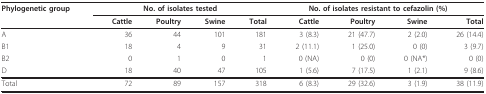
<table><thead><tr><td><b>Phylogenetic group</b></td><td colspan="4"><b>No. of isolates tested</b></td><td colspan="4"><b>No. of isolates resistant to cefazolin (%)</b></td></tr><tr><td></td><td><b>Cattle</b></td><td><b>Poultry</b></td><td><b>Swine</b></td><td><b>Total</b></td><td><b>Cattle</b></td><td><b>Poultry</b></td><td><b>Swine</b></td><td><b>Total</b></td></tr></thead><tbody><tr><td>A</td><td>36</td><td>44</td><td>101</td><td>181</td><td>3 (8.3)</td><td>21 (47.7)</td><td>2 (2.0)</td><td>26 (14.4)</td></tr><tr><td>B1</td><td>18</td><td>4</td><td>9</td><td>31</td><td>2 (11.1)</td><td>1 (25.0)</td><td>0 (0)</td><td>3 (9.7)</td></tr><tr><td>B2</td><td>0</td><td>1</td><td>0</td><td>1</td><td>0 (NA)</td><td>0 (0)</td><td>0 (NA*)</td><td>0 (0)</td></tr><tr><td>D</td><td>18</td><td>40</td><td>47</td><td>105</td><td>1 (5.6)</td><td>7 (17.5)</td><td>1 (2.1)</td><td>9 (8.6)</td></tr><tr><td>Total</td><td>72</td><td>89</td><td>157</td><td>318</td><td>6 (8.3)</td><td>29 (32.6)</td><td>3 (1.9)</td><td>38 (11.9)</td></tr></tbody></table>